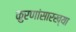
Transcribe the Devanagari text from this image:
कुरणांसारख्या